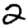
Digit: 2